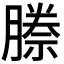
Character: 𭩅